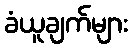
ခံယူချက်များ